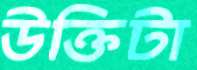
উক্তিটা